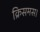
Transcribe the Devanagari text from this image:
क्रिसमस।